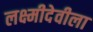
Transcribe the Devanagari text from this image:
लक्ष्मीदेवीला